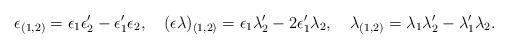
LaTeX: \begin{align*}\epsilon _{(1,2)}=\epsilon _{1}\epsilon _{2}^{\prime }-\epsilon _{1}^{\prime}\epsilon _{2},\quad (\epsilon \lambda )_{(1,2)}=\epsilon _{1}\lambda_{2}^{\prime }-2\epsilon _{1}^{\prime }\lambda _{2},\quad \lambda_{(1,2)}=\lambda _{1}\lambda _{2}^{\prime }-\lambda _{1}^{\prime }\lambda_{2}. \end{align*}